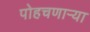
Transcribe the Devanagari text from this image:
पोहचणाऱ्या